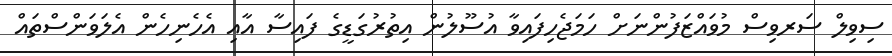
ސިވިލް ސަރވިސް މުވައްޒަފުންނަށް ހަމަޖެހިފައިވާ އުސޫލުން އިތުރުގަޑީގެ ފައިސާ އާއި އެހެނިހެން އެލަވަންސްތައް